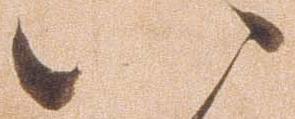
八